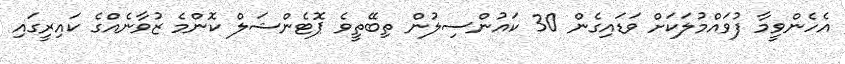
އެހެންވީމާ ފުވައްމުލަކަށް ވަޑައިގެން 30 ކައުންސިލުން ތިބޭތީވެ ޕޮޓެންޝަލް ކޮންމެ ޒުވާނެއްގެ ކައިރީގައި